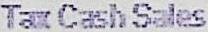
TAX CASH SALES